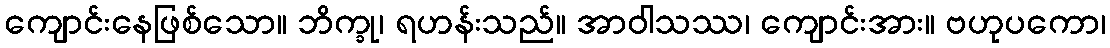
ကျောင်းနေဖြစ်သော။ ဘိက္ခု၊ ရဟန်းသည်။ အာဝါသဿ၊ ကျောင်းအား။ ဗဟုပကော၊